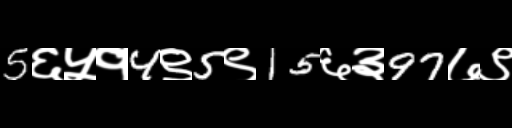
Text: 5६५१4९5९15६३97७९